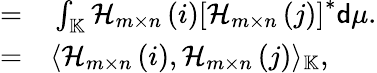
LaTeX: \begin{array}{rl}{=}&{{}\int_{\mathbb{K}}\mathcal{H}_{m\times n}\left(i\right)\left[\mathcal{H}_{m\times n}\left(j\right)\right]^{*}\mathsf{d}\mu.}\\ {=}&{{}\langle\mathcal{H}_{m\times n}\left(i\right),\mathcal{H}_{m\times n}\left(j\right)\rangle_{\mathbb{K}},}\end{array}